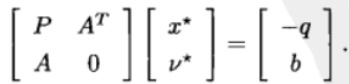
\[
\begin{bmatrix}
P & A^T \\
A & 0
\end{bmatrix}
\begin{bmatrix}
x^* \\
\nu^*
\end{bmatrix}
=
\begin{bmatrix}
-q \\
b
\end{bmatrix}
\]